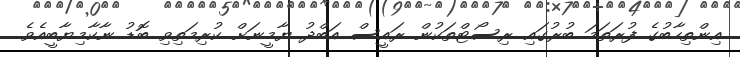
އިންތިހާބުގެ ފުރަތަމަ ބުރުގައި ރިސޯޓްތަކުން ރައީސް އަބްދު ޔާމީނަށް ކުރިމަތިވި ބޮޑު ނާކާމިޔާބީއެވެ.